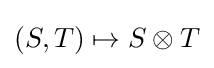
(S,T)\mapsto S\otimes T